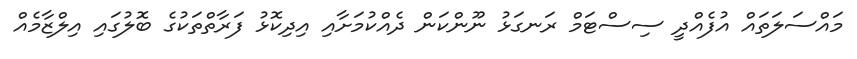
މައްސަލަތައް އުފެއްދީ ސިސްޓަމް ރަނގަޅު ނޫންކަން ދެއްކުމަށާއި އިދިކޮޅު ފަރާތްތަކުގެ ބޮލުގައި އިލްޒާމެއް